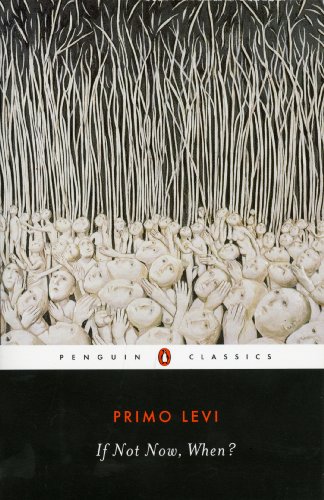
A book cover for If Not Now, When? (Penguin Twentieth-Century Classics); Primo Levi; Literature & Fiction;